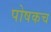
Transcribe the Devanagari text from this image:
पोषकच